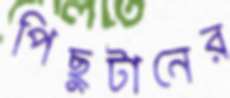
পিছুটানের